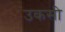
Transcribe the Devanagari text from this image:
उकसी